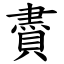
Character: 賮